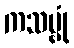
ကသမ္ဗုံ